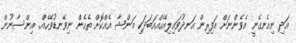
އަދި ނިއެނގެނީ އެވެންނަށް އަފިރިން އަނދުވައިލިއޭހެއްއަބަދަކި މަންޝާ އެއްކޮށް ތެހެން ނިވޭނޑުވޭހެއް.. އިންސާނުން